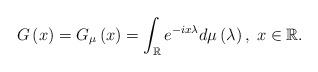
LaTeX: \begin{align*}G\left(x\right)=G_{\mu}\left(x\right)=\int_{\mathbb{R}}e^{-ix\lambda}d\mu\left(\lambda\right),\; x\in\mathbb{R}.\end{align*}